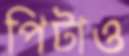
পিটাও